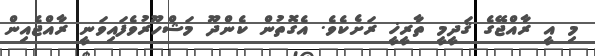
މި އީ ރާއްޖޭގެ ޤަދީމީ ތާރީޚީ ރަށެކެވެ. އެގޮތުން ކެންދޫ މަޝްހޫރުވެފައިވަނީ ރާއްޖެއިން